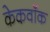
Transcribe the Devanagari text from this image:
केकवॉक